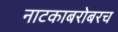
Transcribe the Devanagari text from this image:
नाटकाबरोबरच